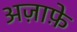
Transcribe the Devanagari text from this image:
अज़ाफ़े